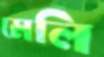
মেলি